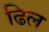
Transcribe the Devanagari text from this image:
ढिल